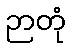
ဉာတုံ